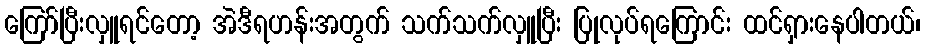
ကြော်ပြီးလှူရင်တော့ အဲဒီရဟန်းအတွက် သက်သက်လှူပြီး ပြုလုပ်ရကြောင်း ထင်ရှားနေပါတယ်၊